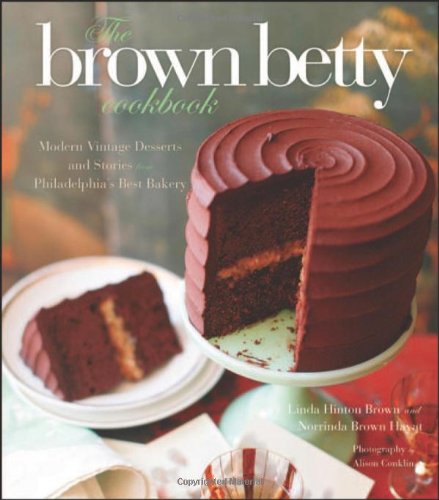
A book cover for The Brown Betty Cookbook: Modern Vintage Desserts and Stories from Philadelphia's Best Bakery; Norrinda Brown Hayat; Cookbooks, Food & Wine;